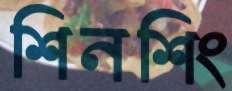
শিনশিং